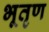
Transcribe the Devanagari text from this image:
भूतृण